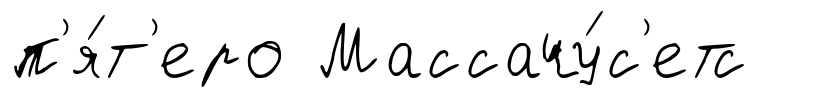
п'я́т'еро Массачу́с'етс